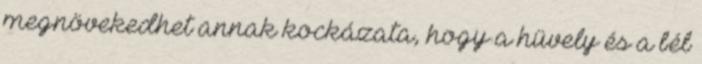
megnövekedhet annak kockázata, hogy a hüvely és a bél